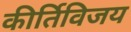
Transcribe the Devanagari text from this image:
कीर्तिविजय